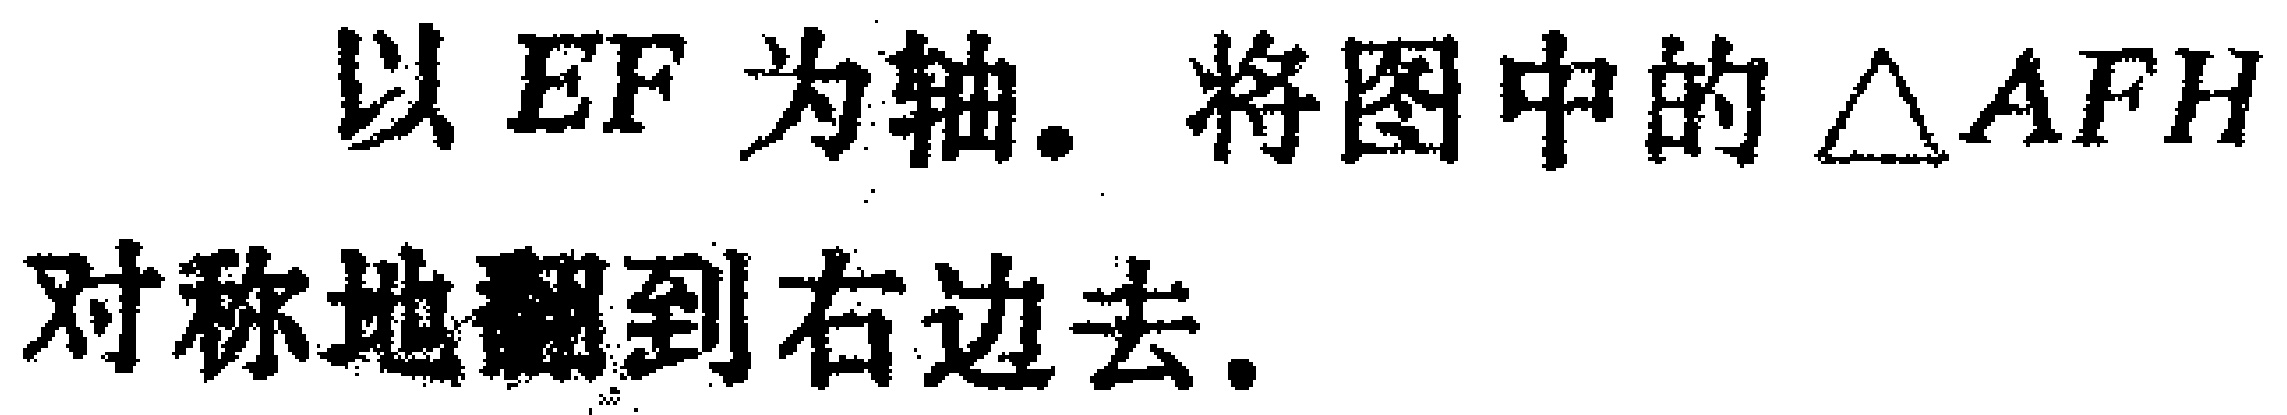
以 \(EF\) 为轴. 将图中的 \(\triangle AFH\) 对称地翻到右边去.